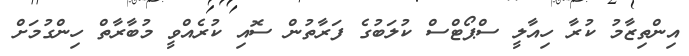
އިންތިޒާމު ކުރާ ހިއާލީ ސްޕޯޓްސް ކުލަބުގެ ފަރާތުން ސޮއި ކުރެއްވީ މުބާރާތް ހިންގުމަށް